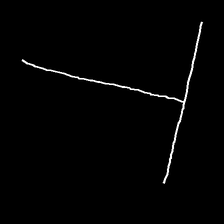
Glyph: column